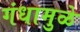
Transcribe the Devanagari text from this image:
गंधामुळे